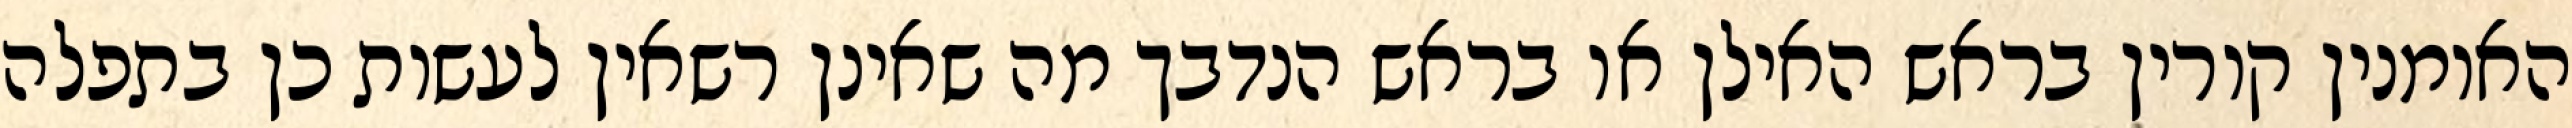
האומנין קורין בראש האילן או בראש הנדבך מה שאינן רשאין לעשות כן בתפלה